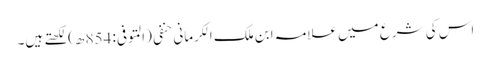
اس کی شرع میں علامہ ابن ملک الکرمانی حنفی (المتوفی: 854 ھ)لکھتے ہیں۔